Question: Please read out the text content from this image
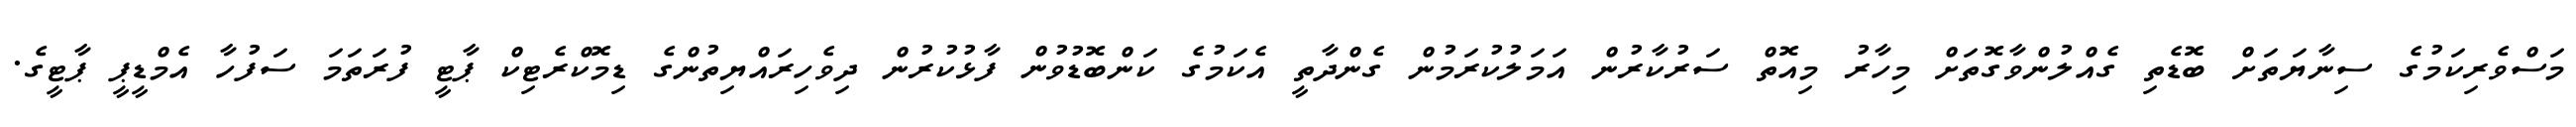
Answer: މަސްވެރިކަމުގެ ސިނާޔަތަށް ބޮޑެތި ގެއްލުންވާގޮތަށް މިހާރު މިއޮތް ސަރުކާރުން އަމަލުކުރަމުން ގެންދާތީ އެކަމުގެ ކަންބޮޑުވުން ފާޅުކުރުން ދިވެހިރައްޔިތުންގެ ޑިމޮކްރެޓިކް ޕާޓީ ފުރަތަމަ ސަފުހާ އެމްޑީޕީ ޕާޓީގެ.